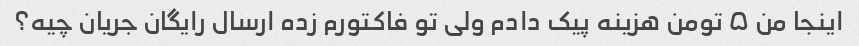
اینجا من ۵ تومن هزینه پیک دادم ولی تو فاکتورم زده ارسال رایگان جریان چیه؟